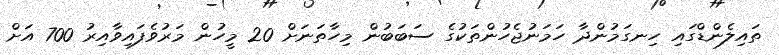
ތައިލެންޑްގައި ހިނގަމުންދާ ހަމަނުޖެހުންތަކުގެ ސަބަބުން މިހާތަނަށް 20 މީހުން މަރުވެފައިވާއިރު 700 އަށް